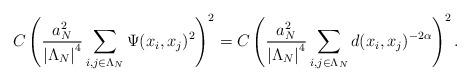
LaTeX: \begin{align*}C \left(\frac{ a_{ N}^{ 2}}{ \left\vert \Lambda_{ N} \right\vert^{ 4}} \sum_{ i, j\in \Lambda_{ N}}\Psi(x_{ i}, x_{ j})^{ 2}\right)^{ 2}= C \left(\frac{ a_{ N}^{ 2}}{ \left\vert \Lambda_{ N} \right\vert^{ 4}} \sum_{ i, j\in \Lambda_{ N}} d(x_{ i}, x_{ j})^{ -2\alpha}\right)^{ 2}.\end{align*}